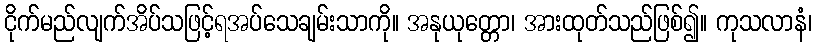
ငိုက်မည်လျက်အိပ်သဖြင့်ရအပ်သေချမ်းသာကို။ အနုယုတ္တော၊ အားထုတ်သည်ဖြစ်၍။ ကုသလာနံ၊